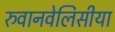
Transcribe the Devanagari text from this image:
रुवानवेलिसीया